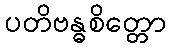
ပတိဗန္ဓစိတ္တော